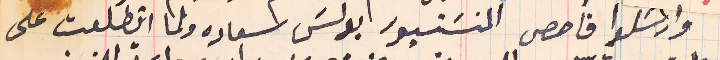
وارسَلوا فاحص المنسَنيور بولسَ سعاده ولما اتطلعت على